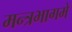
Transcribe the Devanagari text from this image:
मन्त्रभागमे